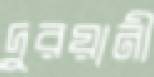
দুরয়ানী